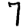
Digit: 7